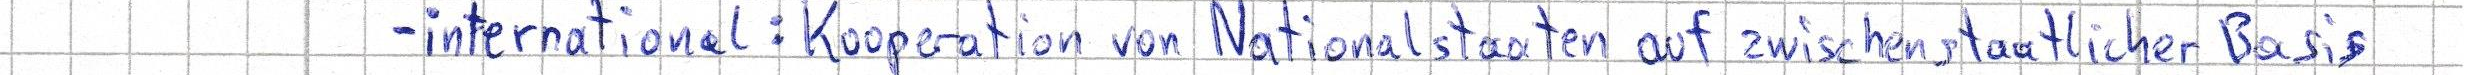
- international: Kooperation von Nationalstaaten auf zwischenstaatlicher Basis